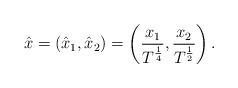
LaTeX: \begin{align*}\hat{x} = (\hat{x}_1, \hat{x}_2) = \left( \frac{x_1}{T^{\frac{1}{4}}}, \frac{x_2}{T^{\frac{1}{2}}} \right).\end{align*}